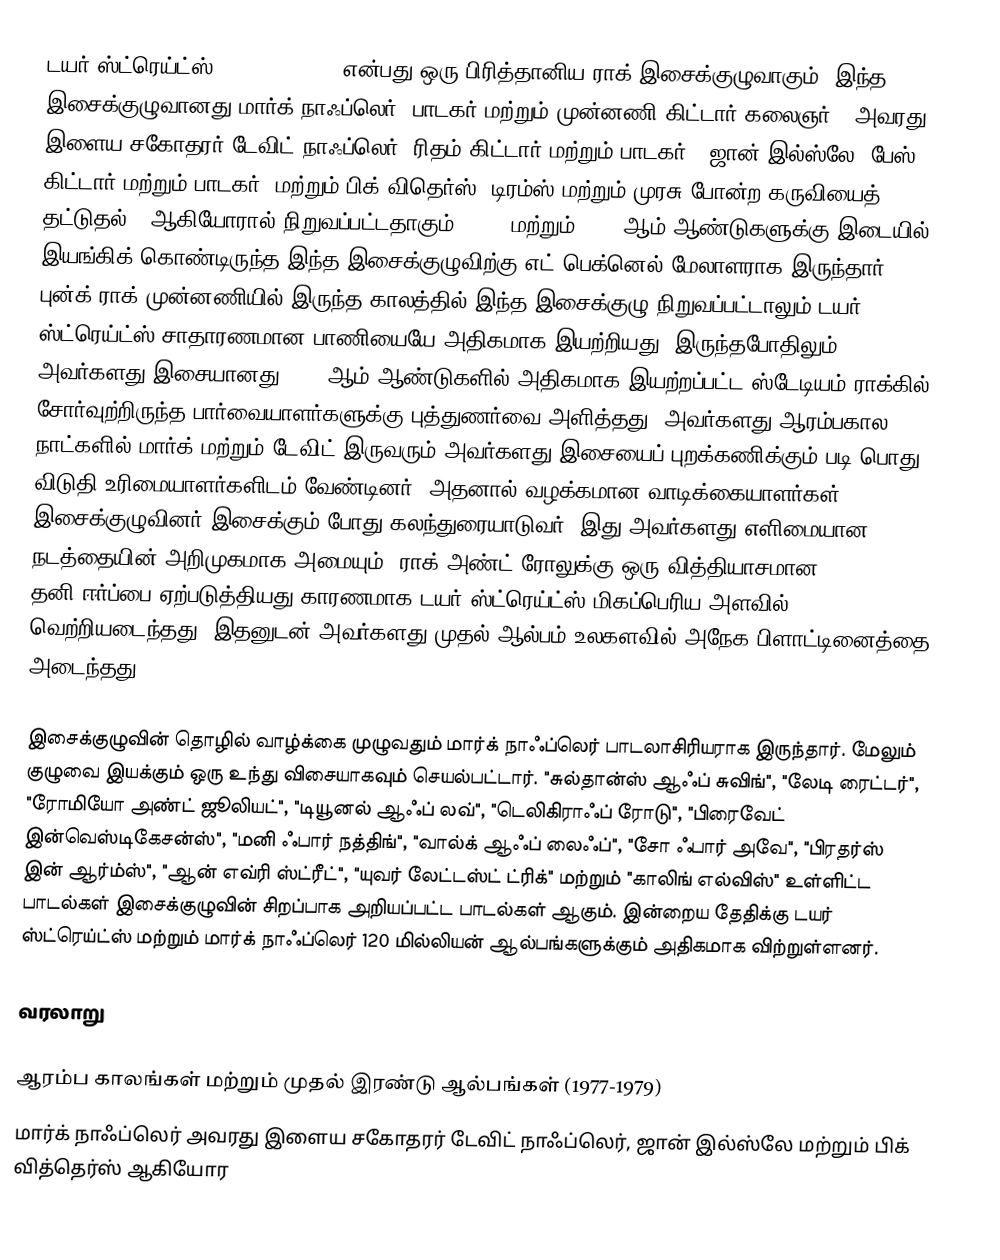
டயர் ஸ்ட்ரெய்ட்ஸ் (Dire Straits) என்பது ஒரு பிரித்தானிய ராக் இசைக்குழுவாகும். இந்த இசைக்குழுவானது மார்க் நாஃப்லெர் (பாடகர் மற்றும் முன்னணி கிட்டார் கலைஞர்), அவரது இளைய சகோதரர் டேவிட் நாஃப்லெர் (ரிதம் கிட்டார் மற்றும் பாடகர்), ஜான் இல்ஸ்லே (பேஸ் கிட்டார் மற்றும் பாடகர்) மற்றும் பிக் விதெர்ஸ் (டிரம்ஸ் மற்றும் முரசு போன்ற கருவியைத் தட்டுதல்), ஆகியோரால் நிறுவப்பட்டதாகும். 1977 மற்றும் 1995 ஆம் ஆண்டுகளுக்கு இடையில் இயங்கிக் கொண்டிருந்த இந்த இசைக்குழுவிற்கு எட் பெக்னெல் மேலாளராக இருந்தார். புன்க் ராக் முன்னணியில் இருந்த காலத்தில் இந்த இசைக்குழு நிறுவப்பட்டாலும் டயர் ஸ்ட்ரெய்ட்ஸ் சாதாரணமான பாணியையே அதிகமாக இயற்றியது. இருந்தபோதிலும் அவர்களது இசையானது 1970 ஆம் ஆண்டுகளில் அதிகமாக இயற்றப்பட்ட ஸ்டேடியம் ராக்கில் சோர்வுற்றிருந்த பார்வையாளர்களுக்கு புத்துணர்வை அளித்தது. அவர்களது ஆரம்பகால நாட்களில் மார்க் மற்றும் டேவிட் இருவரும் அவர்களது இசையைப் புறக்கணிக்கும் படி பொது விடுதி உரிமையாளர்களிடம் வேண்டினர். அதனால் வழக்கமான வாடிக்கையாளர்கள் இசைக்குழுவினர் இசைக்கும் போது கலந்துரையாடுவர். இது அவர்களது எளிமையான நடத்தையின் அறிமுகமாக அமையும். ராக் அண்ட் ரோலுக்கு ஒரு வித்தியாசமான தனி-ஈர்ப்பை ஏற்படுத்தியது காரணமாக டயர் ஸ்ட்ரெய்ட்ஸ் மிகப்பெரிய அளவில் வெற்றியடைந்தது. இதனுடன் அவர்களது முதல் ஆல்பம் உலகளவில் அநேக-பிளாட்டினைத்தை அடைந்தது.

இசைக்குழுவின் தொழில் வாழ்க்கை முழுவதும் மார்க் நாஃப்லெர் பாடலாசிரியராக இருந்தார். மேலும் குழுவை இயக்கும் ஒரு உந்து விசையாகவும் செயல்பட்டார். "சுல்தான்ஸ் ஆஃப் சுவிங்", "லேடி ரைட்டர்", "ரோமியோ அண்ட் ஜூலியட்", "டியூனல் ஆஃப் லவ்", "டெலிகிராஃப் ரோடு", "பிரைவேட் இன்வெஸ்டிகேசன்ஸ்", "மனி ஃபார் நத்திங்", "வால்க் ஆஃப் லைஃப்", "சோ ஃபார் அவே", "பிரதர்ஸ் இன் ஆர்ம்ஸ்", "ஆன் எவ்ரி ஸ்ட்ரீட்", "யுவர் லேட்டஸ்ட் ட்ரிக்" மற்றும் "காலிங் எல்விஸ்" உள்ளிட்ட பாடல்கள் இசைக்குழுவின் சிறப்பாக அறியப்பட்ட பாடல்கள் ஆகும். இன்றைய தேதிக்கு டயர் ஸ்ட்ரெய்ட்ஸ் மற்றும் மார்க் நாஃப்லெர் 120 மில்லியன் ஆல்பங்களுக்கும் அதிகமாக விற்றுள்ளனர்.

வரலாறு

ஆரம்ப காலங்கள் மற்றும் முதல் இரண்டு ஆல்பங்கள் (1977-1979)
மார்க் நாஃப்லெர் அவரது இளைய சகோதரர் டேவிட் நாஃப்லெர், ஜான் இல்ஸ்லே மற்றும் பிக் வித்தெர்ஸ் ஆகியோர